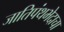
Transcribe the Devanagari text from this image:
जातिपंथभेदाचा